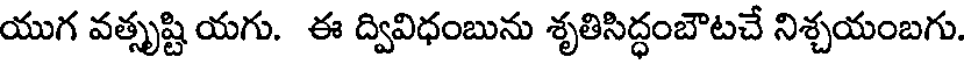
యుగ వత్సృష్టి యగు. ఈ ద్వివిధంబును శృతిసిద్ధంబౌటచే నిశ్చయంబగు.